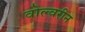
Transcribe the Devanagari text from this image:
वोल्वरीन